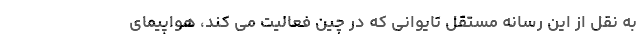
به نقل از این رسانه مستقل تایوانی که در چین فعالیت می کند، هواپیمای